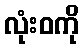
လုံးဝကို